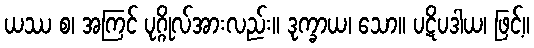
ယဿ စ၊ အကြင် ပုဂ္ဂိုလ်အားလည်း။ ဒုက္ခာယ၊ သော။ ပဋိပဒါယ၊ ဖြင့်။